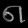
Digit: ၈